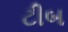
ટીબ